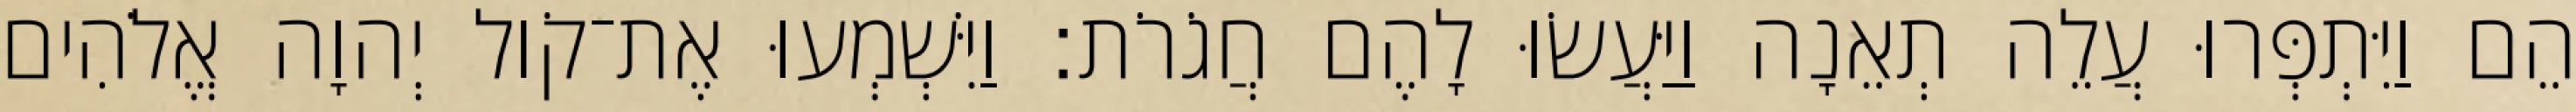
הֵם וַיִּתְפְּרוּ עֲלֵה תְאֵנָה וַיַּעֲשׂוּ לָהֶם חֲגֹרֹת׃ וַיִּשְׁמְעוּ אֶת־קֹול יְהוָה אֱלֹהִים